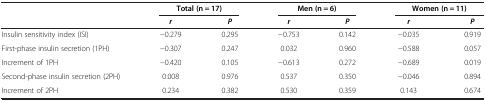
|  | <COLSPAN=2> Total (n = 17) | <COLSPAN=2> Men (n = 6) | <COLSPAN=2> Women (n = 11) |
 |  | r | P | r | P | r | P |
 | --- | --- | --- | --- | --- | --- | --- |
 | Insulin sensitivity index (ISI) | -0.279 | 0.295 | -0.753 | 0.142 | -0.035 | 0.919 |
 | First-phase insulin secretion (1PH) | -0.307 | 0.247 | 0.032 | 0.960 | -0.588 | 0.057 |
 | Increment of 1PH | -0.420 | 0.105 | -0.613 | 0.272 | -0.689 | 0.019 |
 | Second-phase insulin secretion (2PH) | 0.008 | 0.976 | 0.537 | 0.350 | -0.046 | 0.894 |
 | Increment of 2PH | 0.234 | 0.382 | 0.530 | 0.359 | 0.143 | 0.674 |